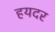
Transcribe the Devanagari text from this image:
हयदर